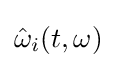
{\hat {\omega }}_{i}(t,\omega )